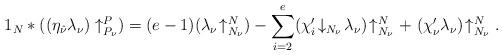
LaTeX: \begin{align*}1_{N} * ((\eta_{\hat{\nu}} \lambda_{\nu})\uparrow^P_{P_{\nu}}) = (e - 1)(\lambda_{\nu}\!\uparrow_{N_{\nu}}^{N}) - \sum_{i = 2}^{e}({\chi'_i \!\downarrow_{N_{\nu}}\!\lambda_{\nu}})\!\uparrow_{N_{\nu}}^{N} + \ ({\chi'_{\nu}\lambda_{\nu}})\!\uparrow_{N_{\nu}}^{N}. \end{align*}